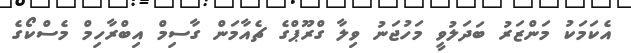
އެކަމަކު މަންޒަރު ބަދަލުވީ މަހުޖަނު ވިލާ ގްރޫޕްގެ ޗެއާމަން ގާސިމް އިބްރާހިމް މެސްކޯގެ